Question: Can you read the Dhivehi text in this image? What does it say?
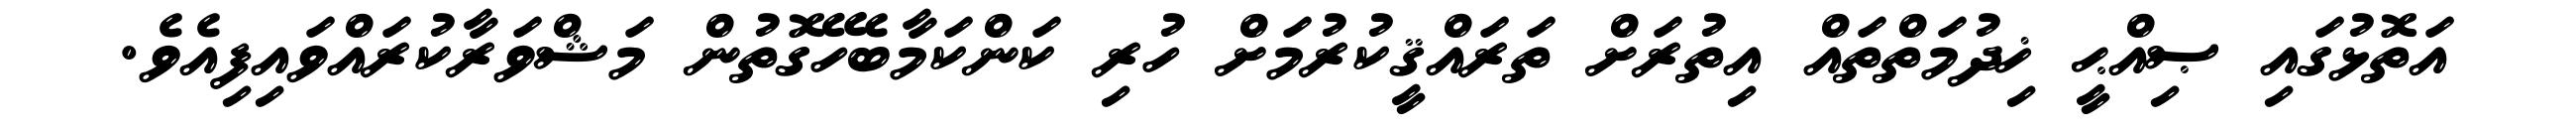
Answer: އަތޮޅުގައި ޞިއްޙީ ޚިދުމަތްތައް އިތުރަށް ތަރައްޤީކުރުމަށް ހުރި ކަންކަމާބެހޭގޮތުން މަޝްވަރާކުރައްވައިފިއެވެ.